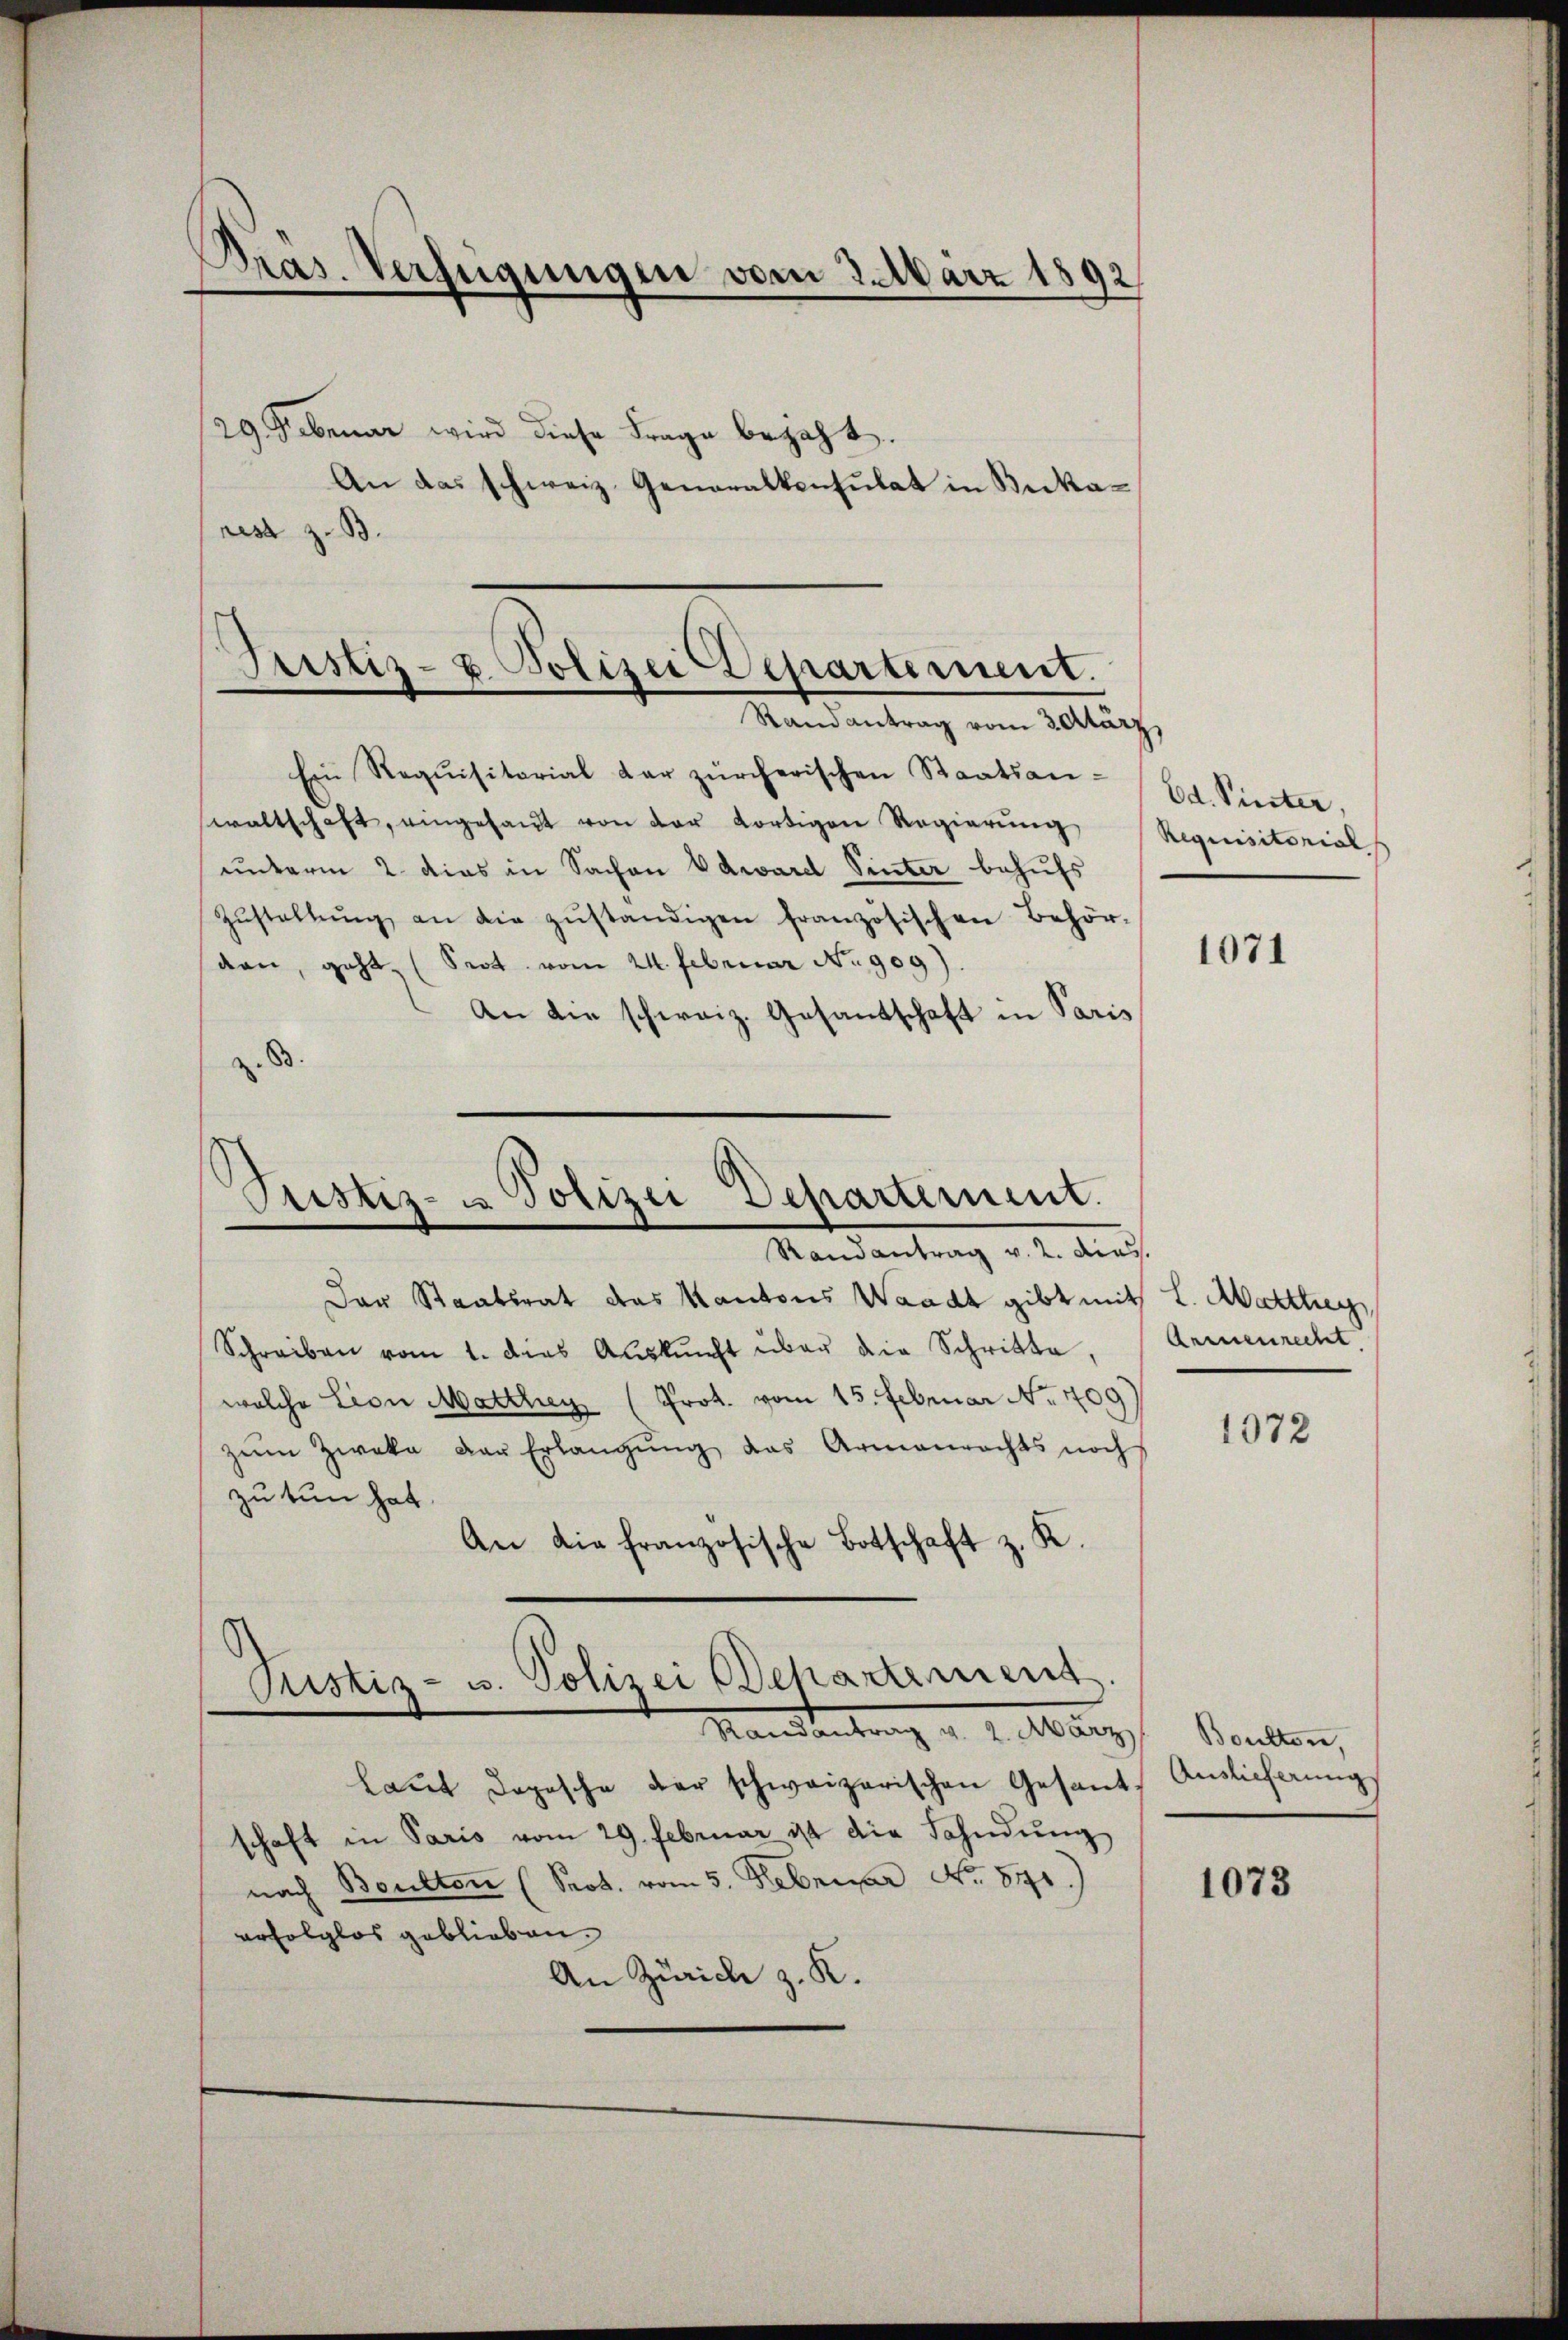
Dras. Verfügungen vom 2. März 1892,

/29. Februar wird diese Frage bejaht.
An das schweiz. Generalkonsulat in Bukarest z. B.

Justiz- u. Polizei Departement.

Justiz- u Polizei Departement.
Randantrag v. 2. dies

Randantrag vom 3. März
Ein Requisitarial der zürcherischen Staatsan-
waltschaft, eingesant von der dortigen Regierung
unterm 2. dies in Sachen Edward Pinter behufs
Zŭstallŭng an die zŭständigen französischen Behör-
den, geht (Sept vom 24. Februar No 909)
An die schweiz. Gesandschaft in Paris
z. B.

Dar Staatsrat das Kantons Waadt gibt mit L. Martig
Schreiben vom 1. dies Aŭskŭnft über die Schritte,
welche Lion Matthey (Prot. vom 15. Februar No. 709
zum Zweka der Erlangŭng das Armenrechts noch
zu tun hat.
An die französische Botschaft z. K.
Justiz- u. Polizei Departement
Mandantung u. v. Marg.
laŭt Dopische der schweizerischen Gesandschaft in Paris vom 29. Februar ist die Fahndŭng
nach Boulten (Prob. vom 5. Februar No. 541.)
erfolglos geblieben.
An Zürich z. K.

Ed. Pinter,
Requisitorial

1071

Armenrecht

1072

Boulten,
Auslieferung

1073